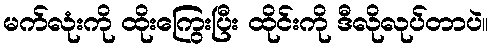
မက်လုံးကို ထိုးကြွေးပြီး ထိုင်းကို ဒီလိုလုပ်တာပဲ။